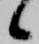
候